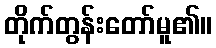
တိုက်တွန်းတော်မူ၏။